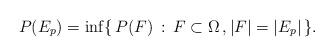
LaTeX: \begin{align*}P(E_p) = \inf\{\,P(F)\,:\, F\subset \Omega\,, |F|=|E_p|\,\}.\end{align*}